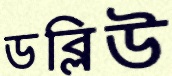
ডব্লিউ